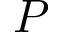
P